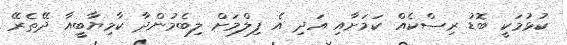
ކުޅުމަކީ ބޮޑު ރިސްކެއް ކަމަށާއި އަދި އެ ފިލްމަށް ލިބެމުންދާ ކާމިޔާބީއާ ދޭތެރޭ